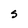
Character: s